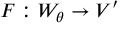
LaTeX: F : W _ { \theta } \to V ^ { \prime }